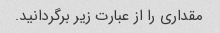
مقداری را از عبارت زیر برگردانید.